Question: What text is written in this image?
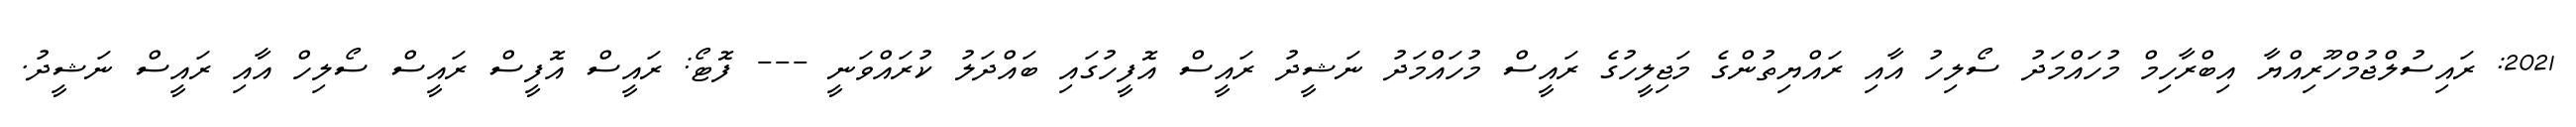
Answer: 2021: ރައިސުލްޖުމްހޫރިއްޔާ އިބްރާހިމް މުހައްމަދު ސޯލިހު އާއި ރައްޔިތުންގެ މަޖިލީހުގެ ރައީސް މުހައްމަދު ނަޝީދު ރައީސް އޮފީހުގައި ބައްދަލު ކުރައްވަނީ --- ފޮޓޯ: ރައީސް އޮފީސް ރައީސް ސޯލިހް އާއި ރައީސް ނަޝީދު.